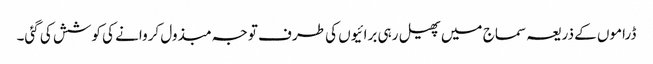
ڈراموں کے ذریعہ سماج میں پھیل رہی برائیوں کی طرف توجہ مبذول کروانے کی کوشش کی گئی۔